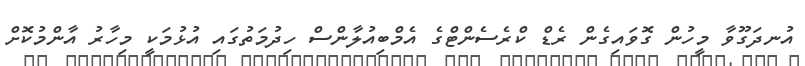
އުނދަގޫވާ މީހުން ގޮވައިގެން ރެޑް ކްރެސެންޓްގެ އެމްބިއުލާންސް ހިދުމަތުގައި އުޅުމަކީ މިހާރު އާންމުކޮށް